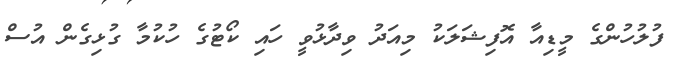
ފުލުހުންގެ މީޑިއާ އޮފިޝަލަކު މިއަދު ވިދާޅުވީ ހައި ކޯޓުގެ ހުކުމާ ގުޅިގެން އުސް